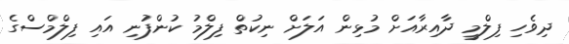
ދިވެހި ފިލްމީ ދާއިރާއަށް މުޅިން އަލަށް ނިކުތް ފިލްމު ކުންފުނި އައި ފިލްމްސްގެ